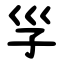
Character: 㜽